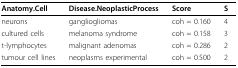
| Anatomy.Cell | Disease.NeoplasticProcess | Score | S |
 | --- | --- | --- | --- |
 | neurons | gangliogliomas | coh = 0.160 | 4 |
 | cultured cells | melanoma syndrome | coh = 0.158 | 3 |
 | t-lymphocytes | malignant adenomas | coh = 0.286 | 2 |
 | tumour cell lines | neoplasms experimental | coh = 0.500 | 2 |